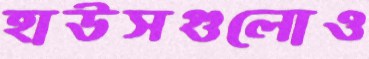
হাউসগুলোও